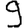
Digit: 9